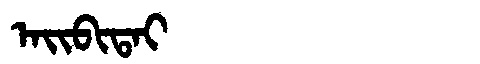
Manchu: ᠠᡳᠪᡳᡨᠠᡳ
Romanization: AIBITAI